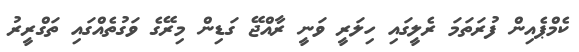
ކެމްޕެއިން ފުރަތަމަ ރެލީގައި ހިލަރީ ވަނީ ރާއްޖޭ ގަޑިން މިރޭގެ ވަގުތެއްގައި ތަގްރީރު